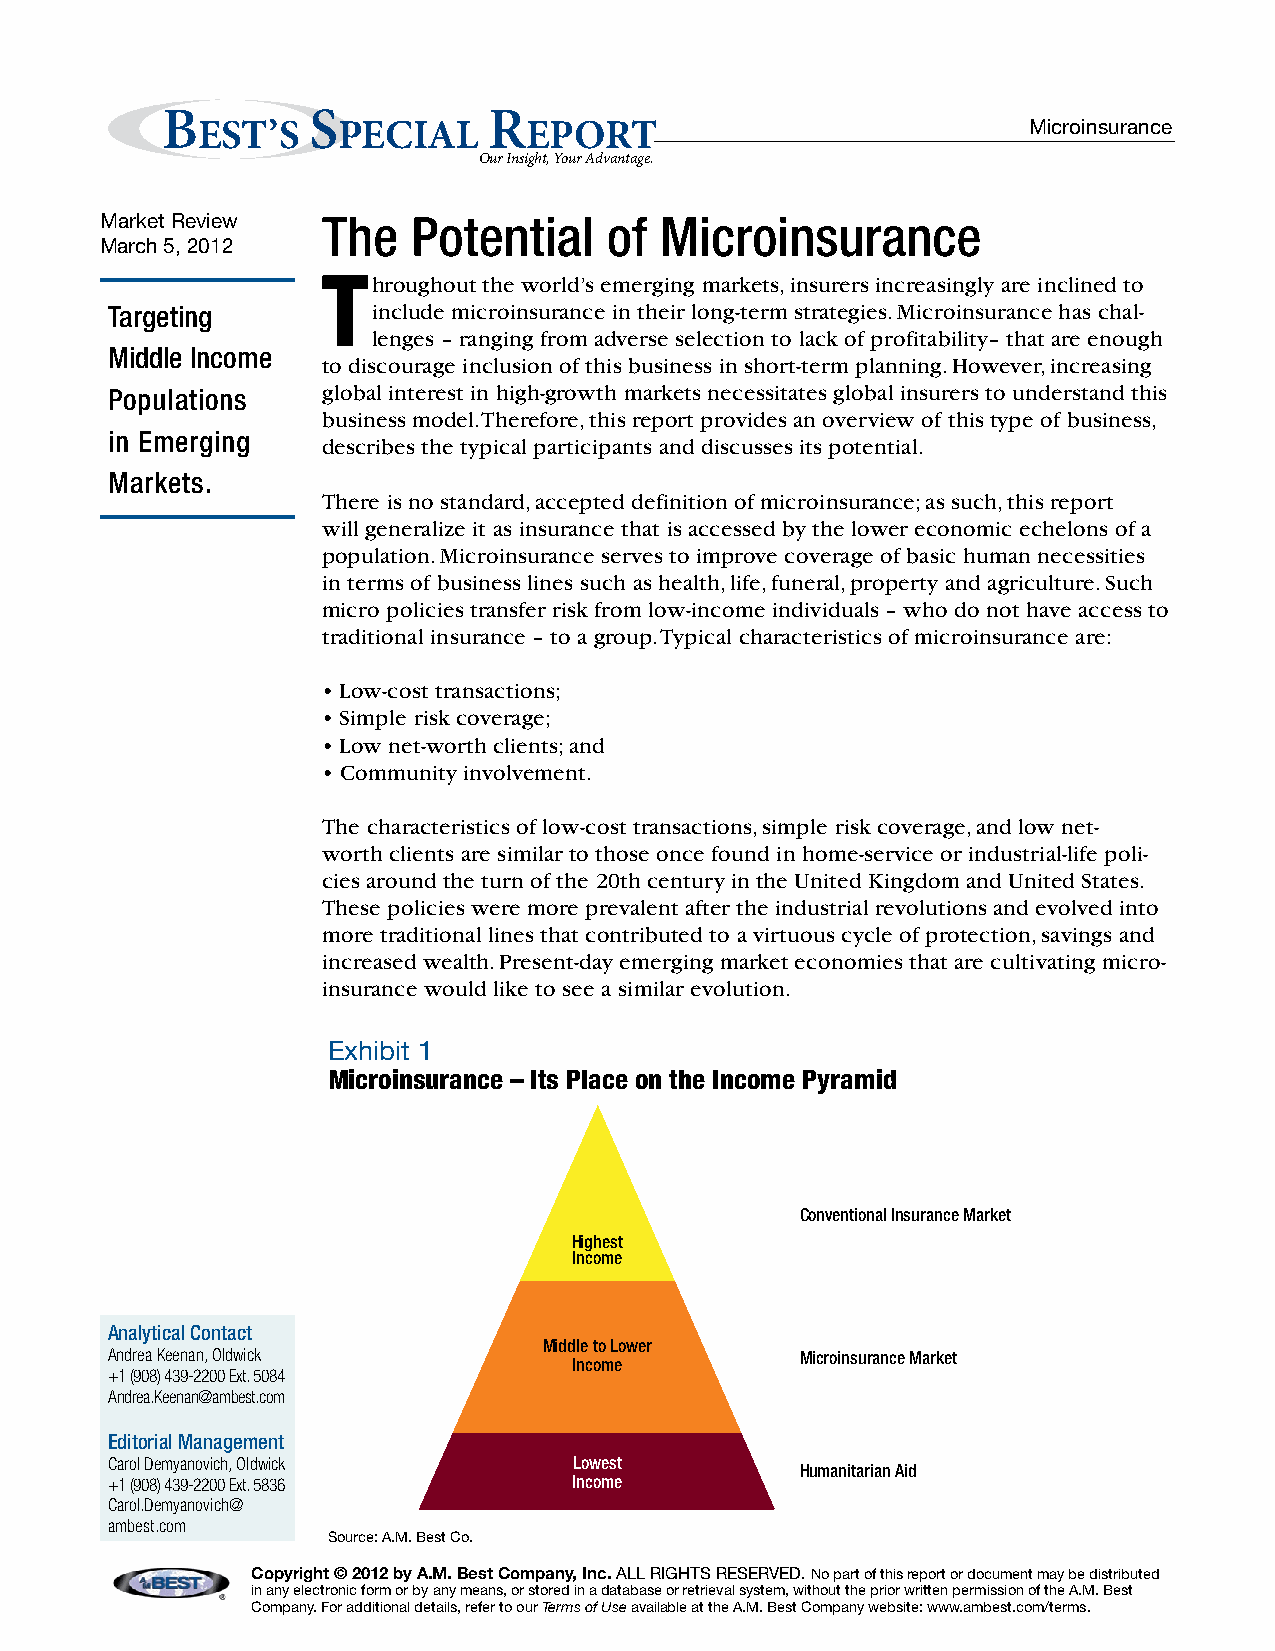
B        S           R
 EST’S    PECIAL       EPORT                            Microinsurance
 Our Insight, Your Advantage.
 Market Review The   Potential    of  Microinsurance
 March 5, 2012
 Throughout the world’s emerging markets, insurers increasingly are inclined to
 Targeting         include microinsurance in their long-term strategies. Microinsurance has chal-
 lenges – ranging from adverse selection to lack of profitability– that are enough
 Middle Income
 to discourage inclusion of this business in short-term planning. However, increasing
 Populations   global interest in high-growth markets necessitates global insurers to understand this
 business model. Therefore, this report provides an overview of this type of business,
 in Emerging
 describes the typical participants and discusses its potential.
 Markets.
 There is no standard, accepted definition of microinsurance; as such, this report
 will generalize it as insurance that is accessed by the lower economic echelons of a
 population. Microinsurance serves to improve coverage of basic human necessities
 in terms of business lines such as health, life, funeral, property and agriculture. Such
 micro policies transfer risk from low-income individuals – who do not have access to
 traditional insurance – to a group. Typical characteristics of microinsurance are:
 • Low-cost transactions;
 • Simple risk coverage;
 • Low net-worth clients; and
 • Community involvement.
 The characteristics of low-cost transactions, simple risk coverage, and low net-
 worth clients are similar to those once found in home-service or industrial-life poli-
 cies around the turn of the 20th century in the United Kingdom and United States.
 These policies were more prevalent after the industrial revolutions and evolved into
 more traditional lines that contributed to a virtuous cycle of protection, savings and
 increased wealth. Present-day emerging market economies that are cultivating micro-
 insurance would like to see a similar evolution.
 Exhibit 1
 Microinsurance – Its Place on the Income Pyramid
 Conventional Insurance Market
 Highest
 Income
 Analytical Contact
 Middle to Lower
 Andrea Keenan, Oldwick                        Microinsurance Market
 Income
 +1 (908) 439-2200 Ext. 5084
 Andrea.Keenan@ambest.com
 Editorial Management
 Carol Demyanovich, Oldwick     Lowest
 Humanitarian Aid
 +1 (908) 439-2200 Ext. 5836    Income
 Carol.Demyanovich@
 ambest.com
 Source: A.M. Best Co.
 Copyright © 2012 by A.M. Best Company, Inc. ALL RIGHTS RESERVED. No part of this report or document may be distributed
 in any electronic form or by any means, or stored in a database or retrieval system, without the prior written permission of the A.M. Best
 Company. For additional details, refer to our Terms of Use available at the A.M. Best Company website: www.ambest.com/terms.